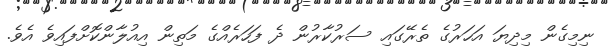
ނިމިގެން މިދިޔަ އަހަރުގެ ތެރޭގައި ސަރުކާރުން ދެ ފަހަރެއްގެ މަތިން އިއުލާންކޮށްފައިވެ އެވެ.